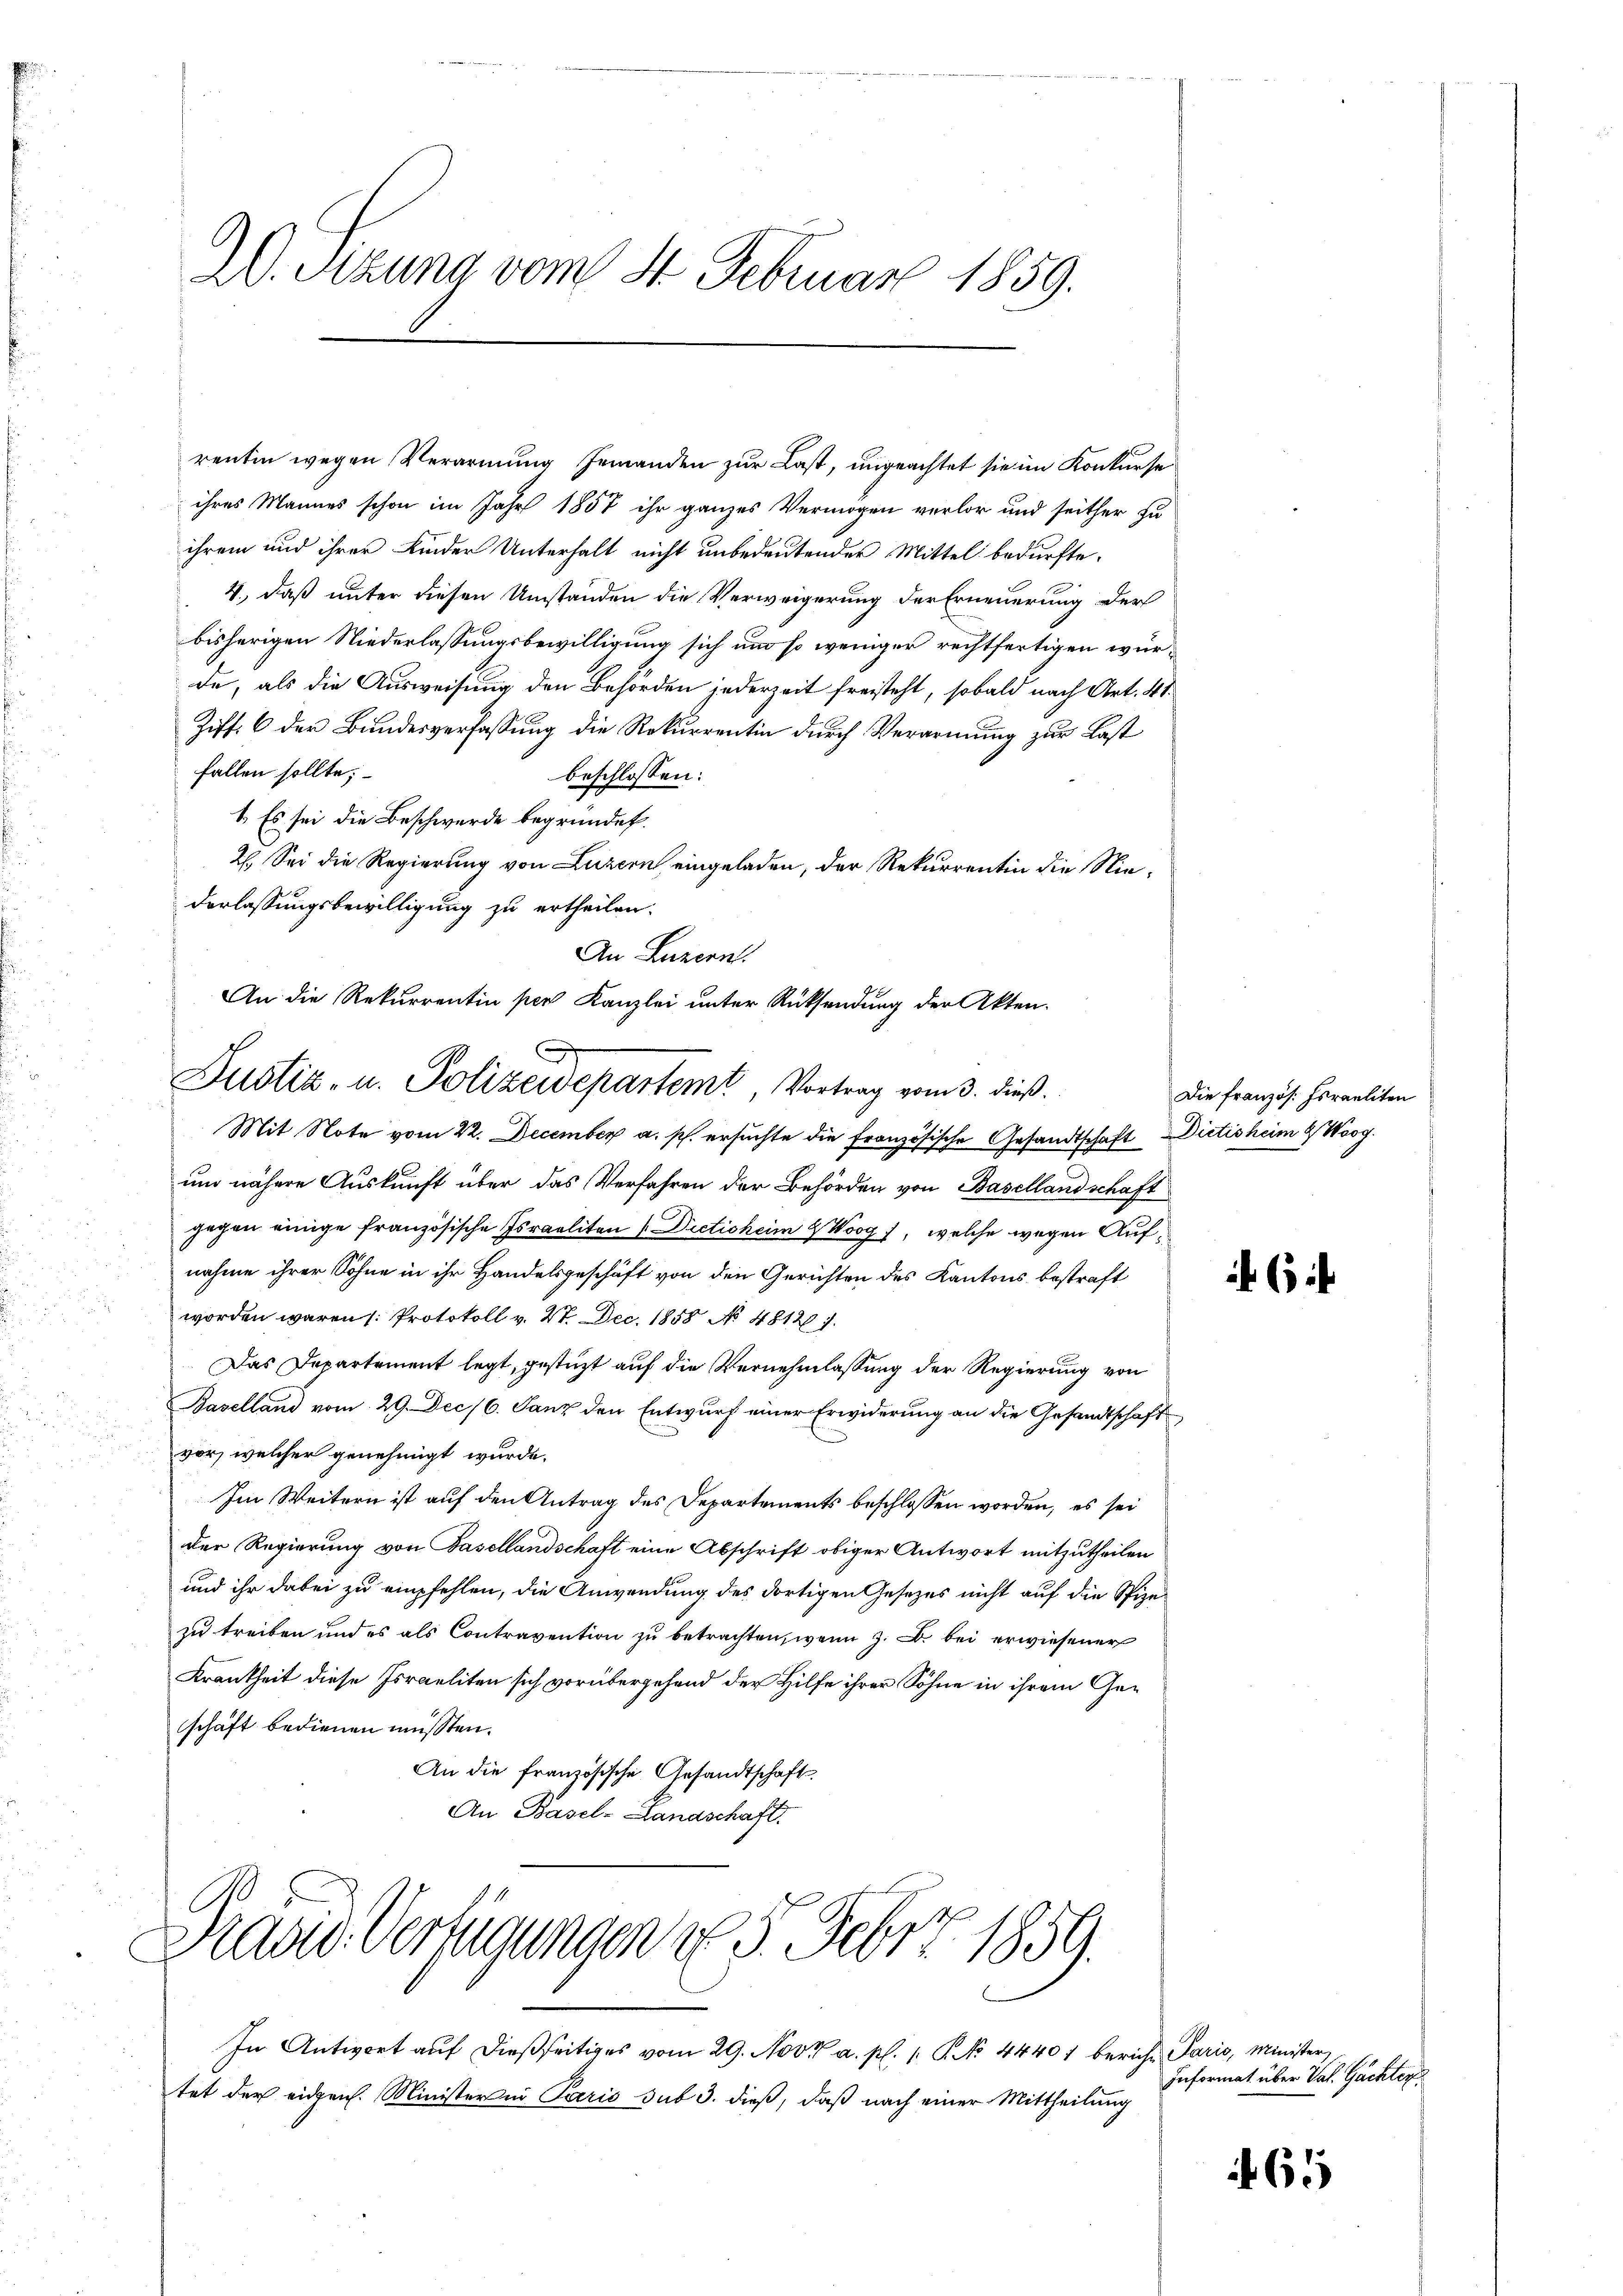
20. Sizung vom 14. Februar 1859.

rentin wegen Verarmung jemanden zur Last, ungeachtet sie im Konkurse
ihres Mannes schon im Jahr 1857 ihr ganzes Vermögen verlor und seither zu
ihrem und ihrer Kinder Unterhalt nicht unbedeutender Mittel bedürfte.
4., daß unter diesen Umständen die Verweigerung der Erneuerung der
bisherigen Niederlassungsbewilligung sich und so weniger rechtfertigen würde, als die Ausweisung den Behörden jederzeit freisteht, sobald nach Art. 41.
Ziff. 6 der Bundesverfassung die Rekurrentin durch Verarmung zur Last
fallen sollte;
beschlossen:
1. Es sei die Beschwerde begründet.
2. Sei die Regierung von Luzern eingeladen, der Rekurrentin die Niederlassungsbewilligung zu ertheilen.
An Luzern.
An die Rekurrentin per Kanzlei unter Rücksendung der Akten.

Justiz- u. Polizeidepartemt, Vortrag vom 3. dieß.

Mit Note vom 22. December a. p. ersuchte die französische Gesandtschaft Dictisheim & Woog.
um nähere Auskunft über das Verfahren der Behörden von Basellandschaft
gegen einige französische Israeliten (Dietichein 2 Woog, welche wegen Aufnahme ihrer Sohne in ihr Handelsgeschäft von den Gerichten des Kantons bestraft
worden waren /: Protokoll v. 2. Dec. 1858 No 481261.
Das Departement legt, gestüzt auf die Vernehmlassung der Regierung von
Baselland vom 29. Dec. 6. Janz den Entwurf einer Erwiderung an die Gesandtschaft
vor, welcher genehmigt wurde.
Im Weitern ist auf den Antrag des Departements beschlossen worden, es sei
der Regierung von Basellandschaft eine Abschrift obiger Antwort mitzutheilen
und ihr dabei zu empfehlen, die Anwendung des dortigen Gesetzes nicht auf die Spizezu treiben und es als Contravention zu betrachten, wenn z. B. bei erwiesener
Krankheit diese Israeliten sich vorübergehend der Hilfe ihrer Söhne in ihrem Geschäft bedienen müssten.
An die französische Gesandtschaft.
An Basel-Landschaft.

Draad. Verfügungen d. 5. Febr 1859.

In Antwort auf dießseitiges vom 29. Nov. a. p. 1. No 44401 beriche Paris, Minister
tet der eidgen. Minister in Paris sub 3. dieß, daß nach einer Mittheilung

Die französ. Israeliten

6

Informat über Val. Gachter

61